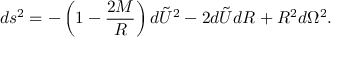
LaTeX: d s ^ { 2 } = - \left( 1 - \frac { 2 M } { R } \right) d \tilde { U } ^ { 2 } - 2 d \tilde { U } d R + R ^ { 2 } d \Omega ^ { 2 } .